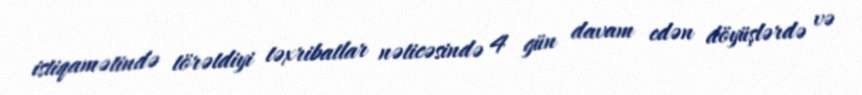
istiqamətində törətdiyi təxribatlar nəticəsində 4 gün davam edən döyüşlərdə və